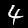
Digit: 4